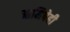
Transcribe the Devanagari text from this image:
आमिषेही